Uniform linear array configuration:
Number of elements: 12
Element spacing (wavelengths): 0.75
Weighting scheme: hamming
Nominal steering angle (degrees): -15
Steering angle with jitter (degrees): -13.972
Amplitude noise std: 0.05
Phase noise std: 0.05

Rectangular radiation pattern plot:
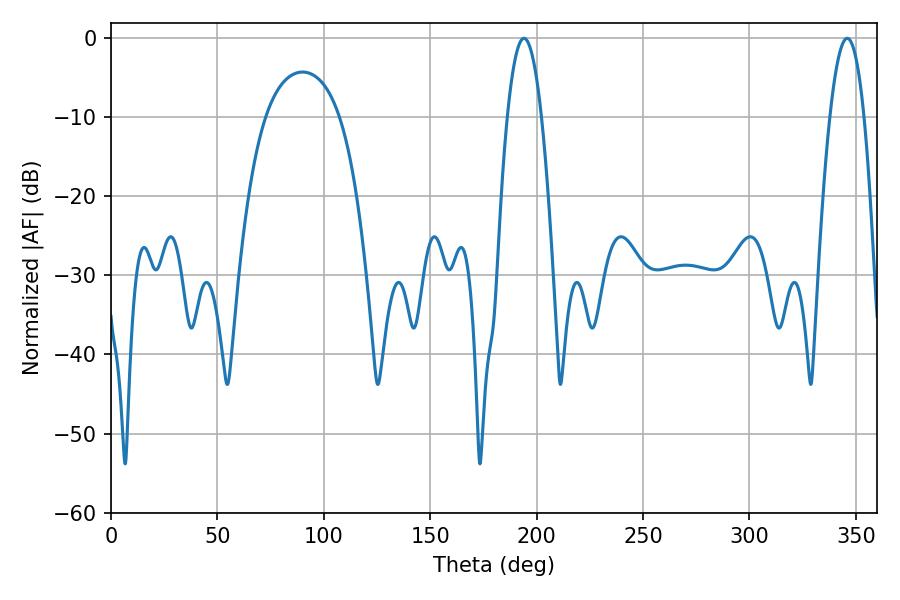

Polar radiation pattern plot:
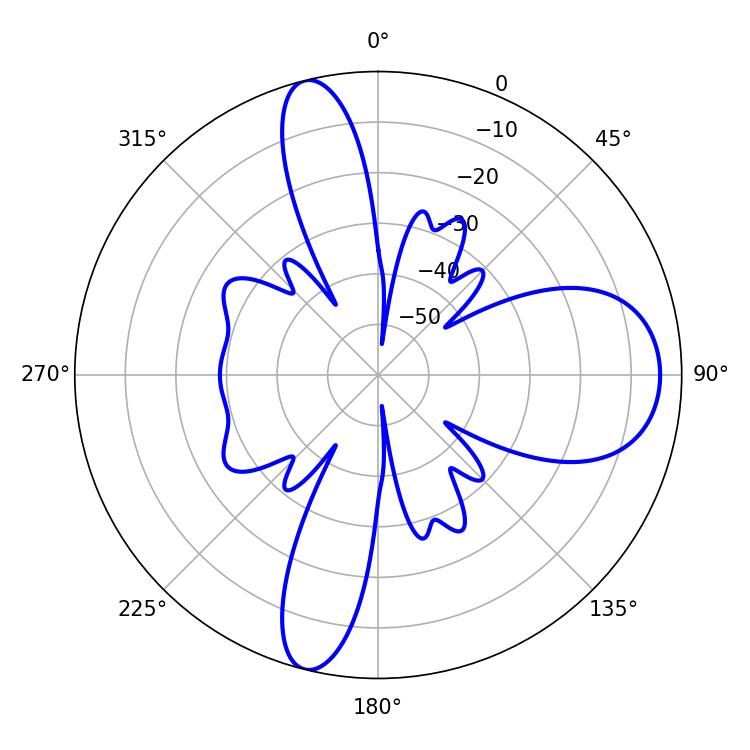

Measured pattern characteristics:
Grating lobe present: TRUE
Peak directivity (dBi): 13.447
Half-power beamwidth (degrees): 8.82
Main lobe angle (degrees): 194.04